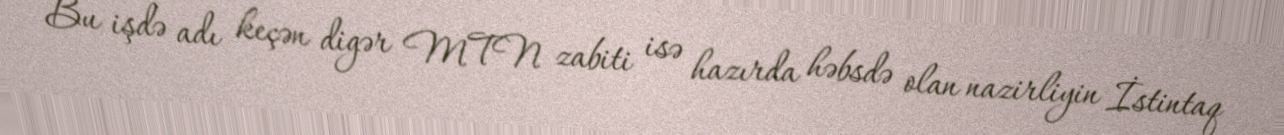
Bu işdə adı keçən digər MTN zabiti isə hazırda həbsdə olan nazirliyin İstintaq